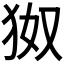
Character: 𪺹